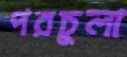
পরচুলা